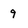
Character: 9